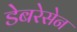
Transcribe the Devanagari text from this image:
डेबरेसेन